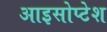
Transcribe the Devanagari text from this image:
आइसोप्टेश